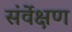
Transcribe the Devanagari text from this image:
संर्वेक्षण